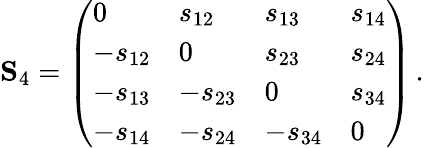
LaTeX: \mathbf{S}_{4}=\left(\begin{array}{llll}{0}&{s_{12}}&{s_{13}}&{s_{14}}\\ {-s_{12}}&{0}&{s_{23}}&{s_{24}}\\ {-s_{13}}&{-s_{23}}&{0}&{s_{34}}\\ {-s_{14}}&{-s_{24}}&{-s_{34}}&{0}\end{array}\right)\, .